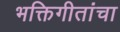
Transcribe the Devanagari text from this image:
भक्तिगीतांचा